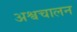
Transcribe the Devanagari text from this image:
अश्वचालन